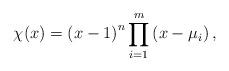
LaTeX: \begin{align*}\chi(x)=\left(x-1 \right)^{n}\prod_{i=1} ^m \left( x-\mu_i \right),\end{align*}